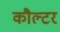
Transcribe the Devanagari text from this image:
कौल्टर